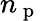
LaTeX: n_{\mathrm{~p~}}